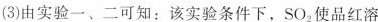
(3)由实验一、二可知：该实验条件下SO_{2}使品红溶